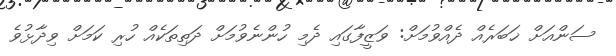
ސަންއަށް ޚަބަރެއް ދެއްވުމަށް: ވަޒީފާގައި ދެމި ހުންނެވުމަށް ދަތިތަކެއް ހުރި ކަމަށް ވިދާޅުވެ